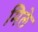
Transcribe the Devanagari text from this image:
मिले